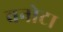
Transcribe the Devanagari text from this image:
बनोटा